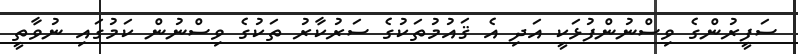
ސަފީރުންގެ ވިސްނުންފުޅަކީ އަދި އެ ޤައުމުތަކުގެ ސަރުކާރު ތަކުގެ ވިސްނުން ކަމުގައި ނުވާތީ